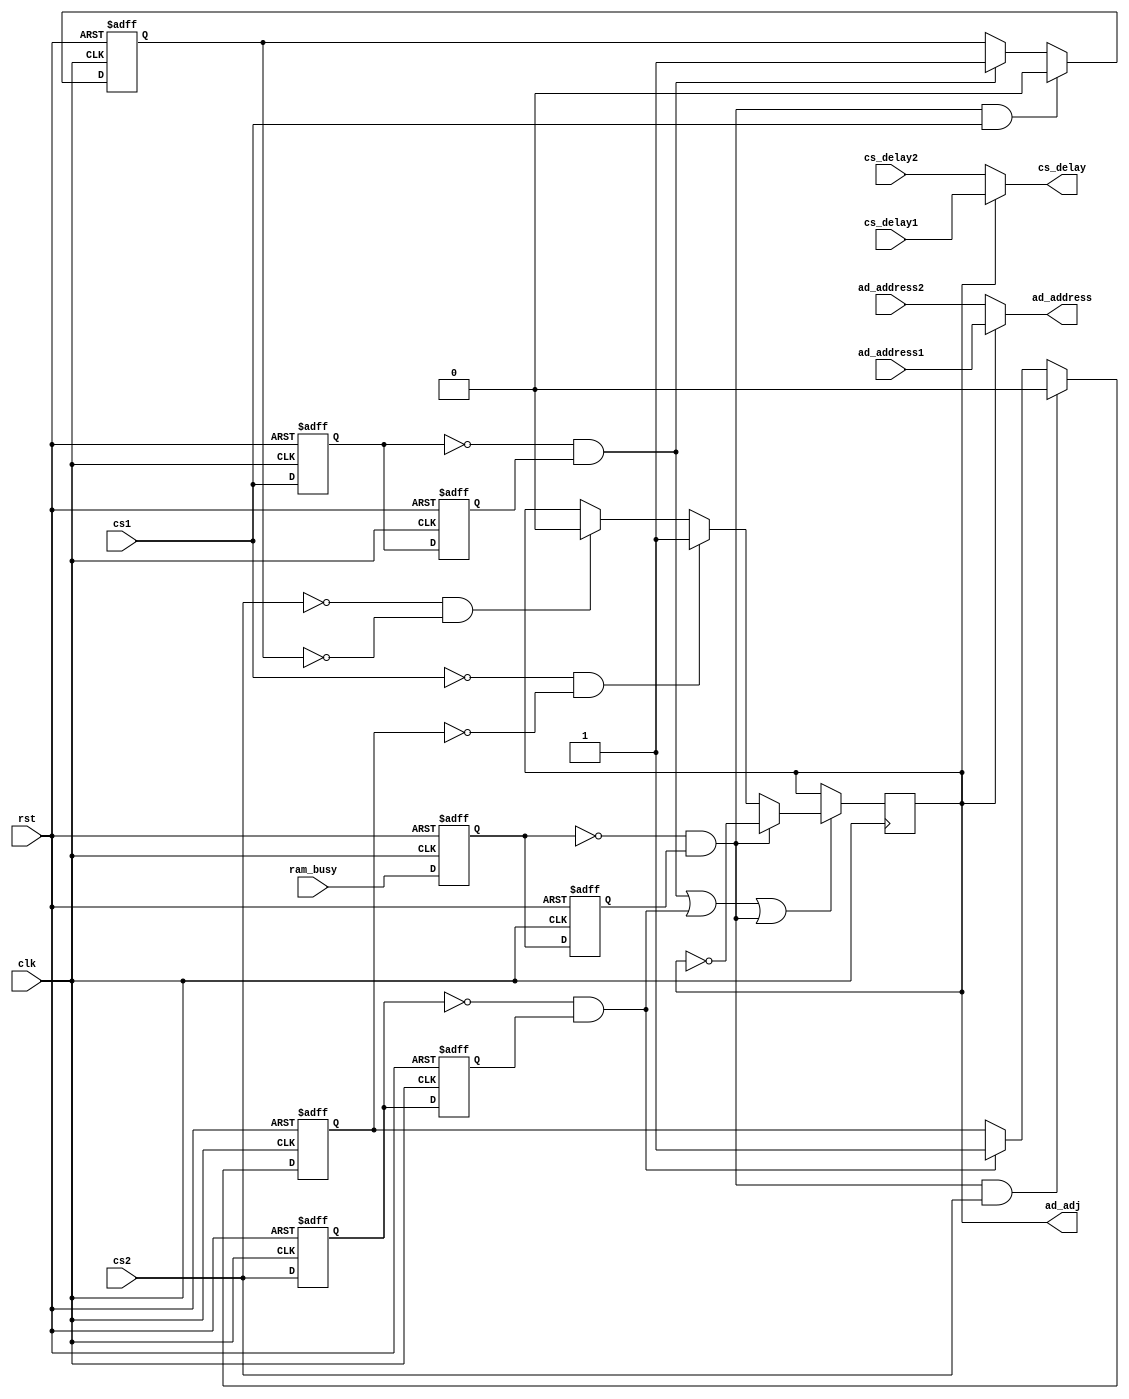
module Selection_AD(
	input clk,rst,
	input cs_delay1,
	input cs_delay2,
	input [12:0] ad_address1,
	input [12:0] ad_address2,
	input cs1,
	input cs2,
	input ram_busy,
	
	output cs_delay,
	output reg ad_adj,
	output [12:0] ad_address  //ram_control
    );
	
	reg cs1_r1,cs1_r2;          //
	reg cs2_r1,cs2_r2;
	reg ram_busy_r1,ram_busy_r2;
	reg ad1_sel,ad2_sel;
	wire neg_cs1;
	wire neg_cs2;
	wire neg_ram_busy;
	
	always @(posedge clk or posedge rst)			// 
	begin
	  if(rst)
	    begin
		 cs1_r1 <= 0; cs1_r2 <= 0;
		 cs2_r1 <= 0; cs2_r2 <= 0;
		 ram_busy_r1 <= 0; ram_busy_r2 <= 0;
		 end
	  else
	    begin
		 cs1_r1 <= cs1; cs1_r2 <= cs1_r1;
		 cs2_r1 <= cs2; cs2_r2 <= cs2_r1;
		 ram_busy_r1 <= ram_busy; ram_busy_r2 <= ram_busy_r1;
		 end
	end
	
	assign neg_cs1 = ~cs1_r1 && cs1_r2;
	assign neg_cs2 = ~cs2_r1 && cs2_r2;
	assign neg_ram_busy = ~ram_busy_r1 && ram_busy_r2;
	
	//adram--busyad
	//adad ad
	//ad
	//20160715
	always @(posedge clk or posedge rst)		
	begin
		if(rst) ad1_sel <= 0;
		else
		begin
			if(neg_ram_busy && cs1) ad1_sel <= 0;
			else if(neg_cs1) ad1_sel <= 1;
			else ad1_sel <= ad1_sel;
		end
	end
	
	always @(posedge clk or posedge rst)
	begin
		if(rst) ad2_sel <= 0;
		else
		begin
			if(neg_ram_busy && cs2) ad2_sel <= 0;
			else if(neg_cs2) ad2_sel <= 1;
			else ad2_sel <= ad2_sel;
		end
	end
	
	always @(posedge clk)						//
		begin
			if(neg_cs1 || neg_cs2 || neg_ram_busy)
			begin
				if(neg_ram_busy) ad_adj <= ~ad_adj;  //ram_busyramad
				else if(~cs1 && ~ad2_sel) ad_adj <= 1;	//ad1adad1
				else if(~cs2 && ~ad1_sel) ad_adj <= 0;
            else ad_adj <= ad_adj;				
			end
		end
	 
	 assign cs_delay = ad_adj ? cs_delay1 : cs_delay2;
	 assign ad_address = ad_adj ? ad_address1 : ad_address2;

endmodule